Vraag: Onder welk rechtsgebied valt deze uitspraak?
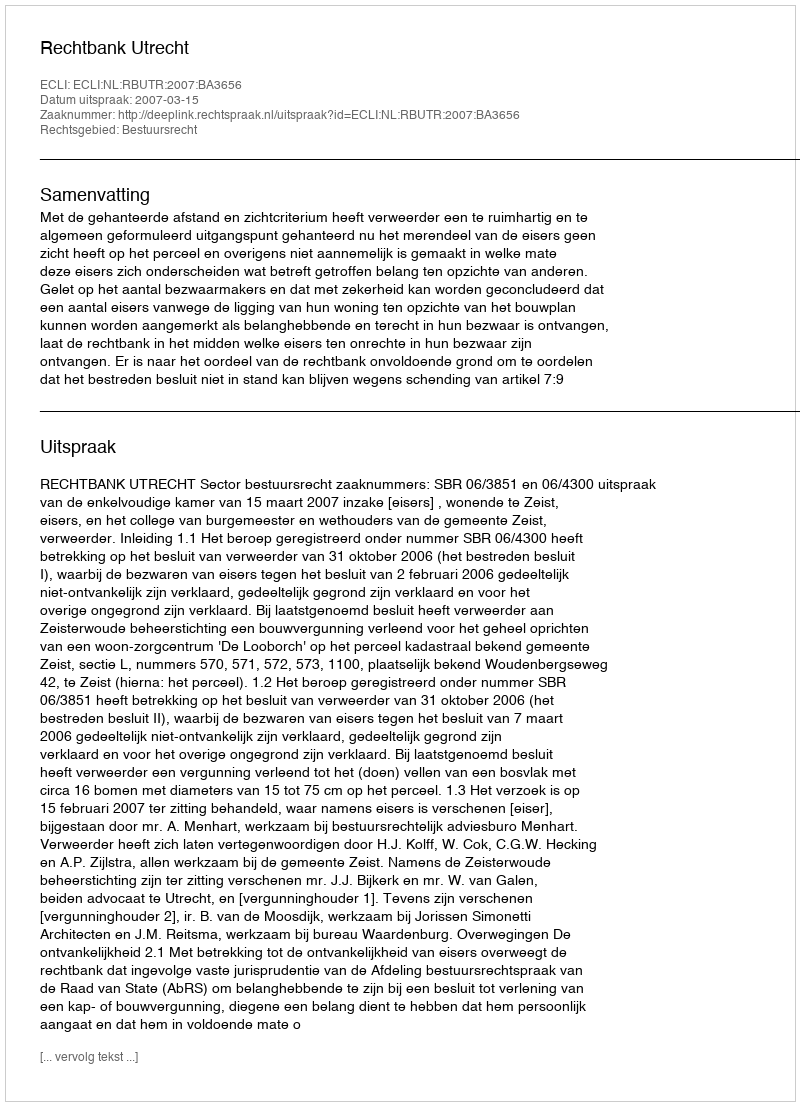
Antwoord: Bestuursrecht